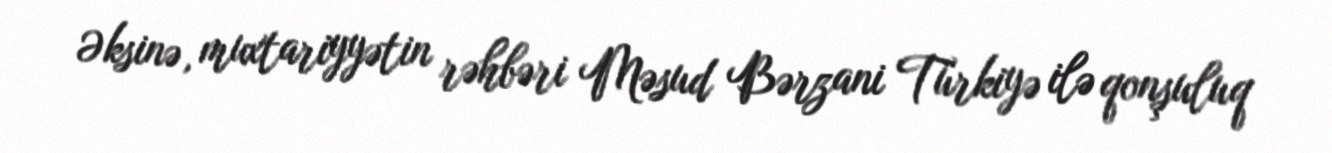
Əksinə, muxtariyyətin rəhbəri Məsud Bərzani Türkiyə ilə qonşuluq